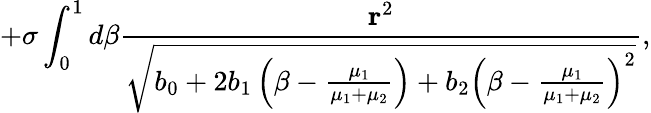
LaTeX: +\sigma\int_{0}^{1}d\beta\frac{{\mathbf r}^{2}}{\sqrt{b_{0}+2b_{1}\left(\beta-\frac{\mu_{1}}{\mu_{1}+\mu_{2}}\right)+b_{2}\left(\beta-\frac{\mu_{1}}{\mu_{1}+\mu_{2}}\right)^{2}}},